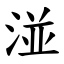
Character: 湴